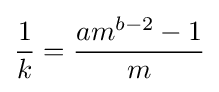
{\frac {1}{k}}={\frac {am^{b-2}-1}{m}}